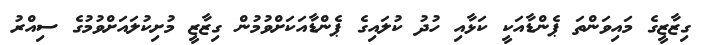
ގިޒާޒީގެ މައިވަންތަ ޕެންޑާއަކީ ކަޅާއި ހުދު ކުލައިގެ ޕެންޑާއަކަށްވުމުން ގިޒާޒީ މުށިކުލައަށްވުމުގެ ސިއްރު